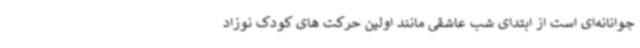
جوانانه‌ای است از ابتدای شب عاشقی مانند اولین حرکت های کودک نوزاد